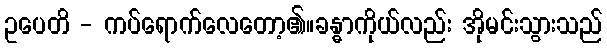
ဥပေတိ - ကပ်ရောက်လေတော့၏။ခန္ဓာကိုယ်လည်း အိုမင်းသွားသည်